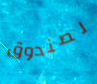
لصندوق